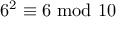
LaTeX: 6 ^ { 2 } \equiv 6 { \mathrm { ~ m o d ~ } } 1 0